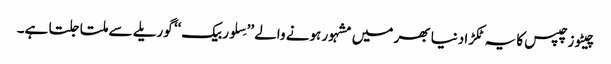
چیٹوز چپس کا یہ ٹکڑا دنیا بھر میں مشہور ہونے والے ’’سِلوربیک‘‘ گوریلے سے ملتا جلتا ہے۔